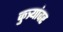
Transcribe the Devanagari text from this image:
कुत्र्यांवर